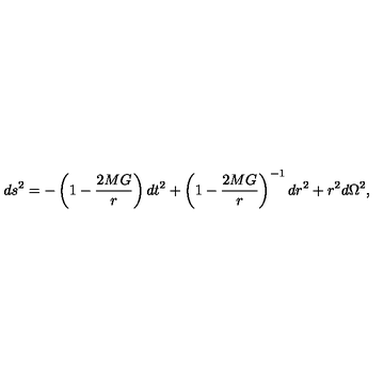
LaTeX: d s ^ { 2 } = - \left( 1 - \frac { 2 M G } { r } \right) d t ^ { 2 } + \left( 1 - \frac { 2 M G } { r } \right) ^ { - 1 } d r ^ { 2 } + r ^ { 2 } d \Omega ^ { 2 } ,